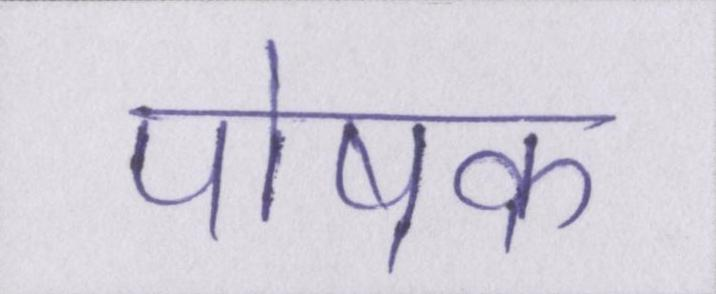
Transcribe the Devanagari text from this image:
पोषक